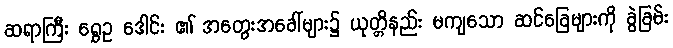
ဆရာကြီး ရွှေဥ ဒေါင်း ၏ အတွေးအခေါ်များ၌ ယုတ္တိနည်း မကျသော ဆင်ခြေများကို ခွဲခြမ်း